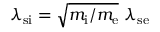
\lambda _ { \mathrm { s i } } = \sqrt { m _ { \mathrm { i } } / m _ { \mathrm { e } } } ~ \lambda _ { \mathrm { s e } }